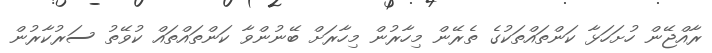
ރާއްޖޭން ހުށަހަޅާ ކަންތައްތަކުގެ ތެރޭން މިހާރުން މިހާރަށް ބޭނުންވާ ކަންތައްތައް ކުވޭތު ސަރުކާރުން